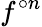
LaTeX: f^{\circ n}